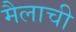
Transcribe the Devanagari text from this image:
मैलाची